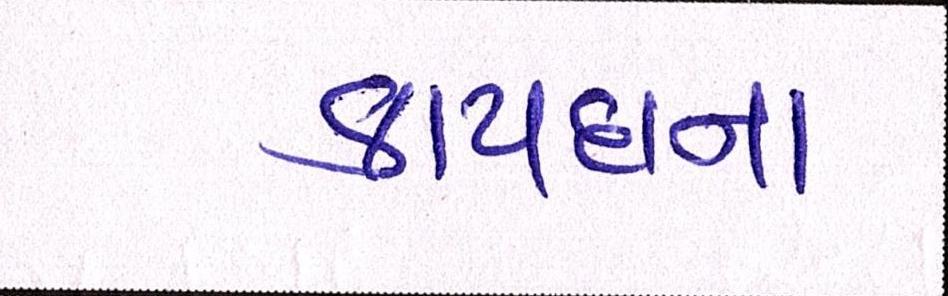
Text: કાયદાના